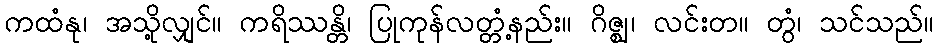
ကထံနု၊ အသို့လျှင်။ ကရိဿန္တိ၊ ပြုကုန်လတ္တံ့နည်း။ ဂိဇ္ဈ၊ လင်းတ။ တွံ၊ သင်သည်။